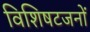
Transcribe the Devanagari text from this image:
विशिषटजनों